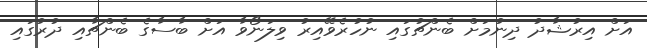
އަށް އިރުޝާދު ދިނުމަށް ބެންޗުގައި ނުހުރެވޭއިރު ވިލަނޯވާ އަށް ބާސާގެ ބެންޗާއި ދުރުގައި